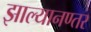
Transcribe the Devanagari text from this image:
झाल्यानण्तर